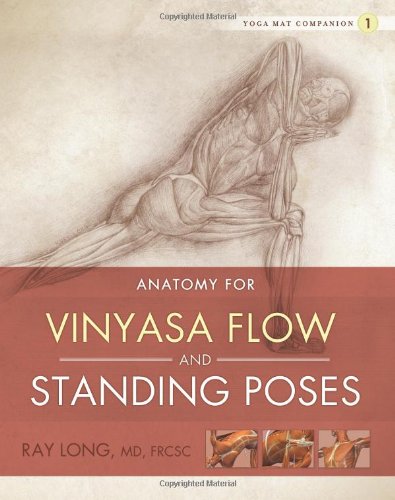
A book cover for Yoga Mat Companion 1: Anatomy for Vinyasa Flow and Standing Poses; Ray Long; Science & Math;